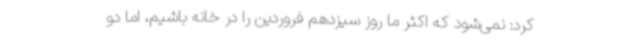
کرد: نمی‌شود که اکثر ما روز سیزدهم فروردین را در خانه باشیم، اما دو